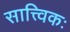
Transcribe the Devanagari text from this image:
सात्त्विकः